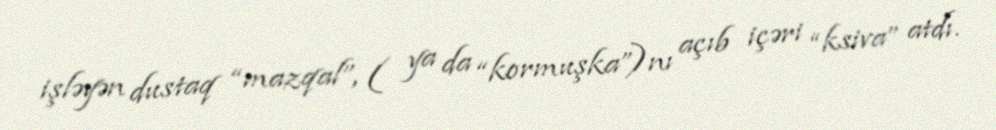
işləyən dustaq “mazqal”, ( ya da “kormuşka”)nı açıb içəri “ksiva” atdı.